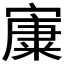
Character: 𡪼